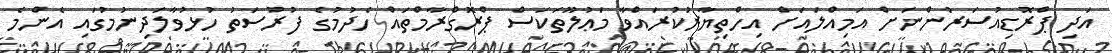
އަދި ޕްރޮޑިއުސަރުންނަށް އަމިއްލައަށް އިހްތިޔާރުކުރައްވާ މަޢުލޫތަކަސް ޕްރޮގްރާމްތައް ހެދުމުގެ ފުރުސަތު ހުޅުވާލަދިނުމުގައި އެންމެ